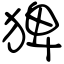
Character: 猈